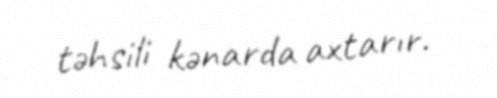
təhsili kənarda axtarır.